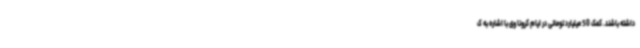
داشته باشند. کمک 50 میلیارد تومانی در ایام کرونا وی با اشاره به ک